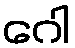
ဂေါ